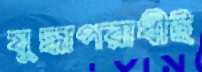
যুদ্ধাপরাধীই